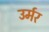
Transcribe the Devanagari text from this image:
उर्मर